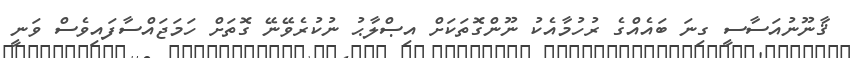
ޤާނޫނުއަސާސީ ގިނަ ބައެއްގެ ރުހުމާއެކު ނޫންގޮތަކަށް އިޞްލާޙު ނުކުރެވޭނޭ ގޮތަށް ހަމަޖައްސާފައިވެސް ވަނީ